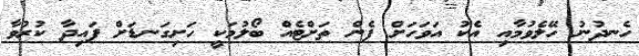
ހެނދުނު ހޭލެވުމާއި އެކު އަވަހަށް ފެން ތަށްޓެއް ބޯލުމަކީ ހަށިގަނޑަށް ފައިދާ ކުރުވާ